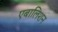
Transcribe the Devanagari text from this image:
एबालिशन